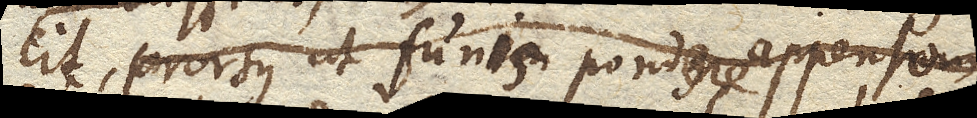
cit, prorsus ut funis pondere appenso